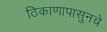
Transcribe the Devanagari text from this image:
ठिकाणापासुनचे